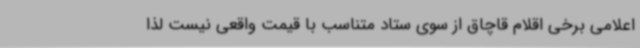
اعلامی برخی اقلام قاچاق از سوی ستاد متناسب با قیمت واقعی نیست لذا